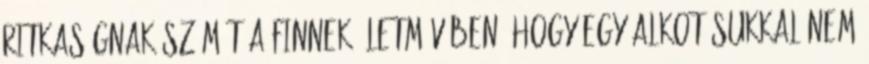
ritkaságnak számít a finnek életművében, hogy egy alkotásukkal nem